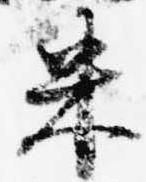
米